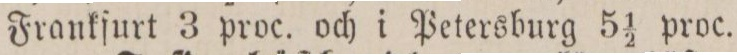
Frankfurt 3 proc. och i Petersburg 5 1/2 proc.